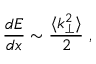
\frac { d E } { d x } \sim \frac { \langle k _ { \perp } ^ { 2 } \rangle } { 2 } \; ,